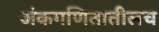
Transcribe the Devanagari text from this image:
अंकगणितातीलच